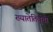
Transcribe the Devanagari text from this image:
ख्यातेतिवृत्तो